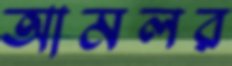
আমলর